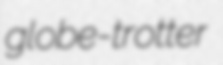
globe-trotter